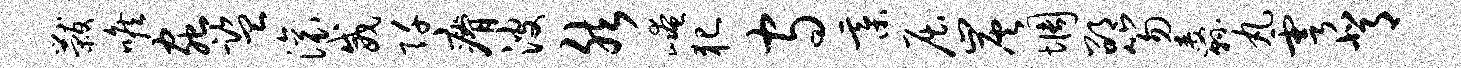
黻喉虫监滚威阡瘠波然崦犯守綦屈炭惆邵笏纛丸雩背